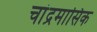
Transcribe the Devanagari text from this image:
चांद्रमासिक